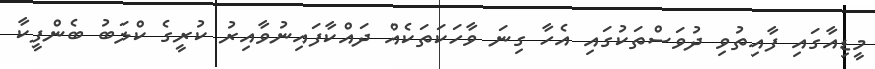
މީޑިއާގައި ފާއިތުވި ދުވަސްތަކުގައި އެހާ ގިނަ ވާހަކަތަކެއް ދައްކާފައިނުވާއިރު ކުރީގެ ކްލަބު ބެންފީކާ